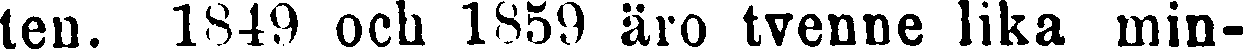
ten. 1849 och 1859 äro tvenne lika min-